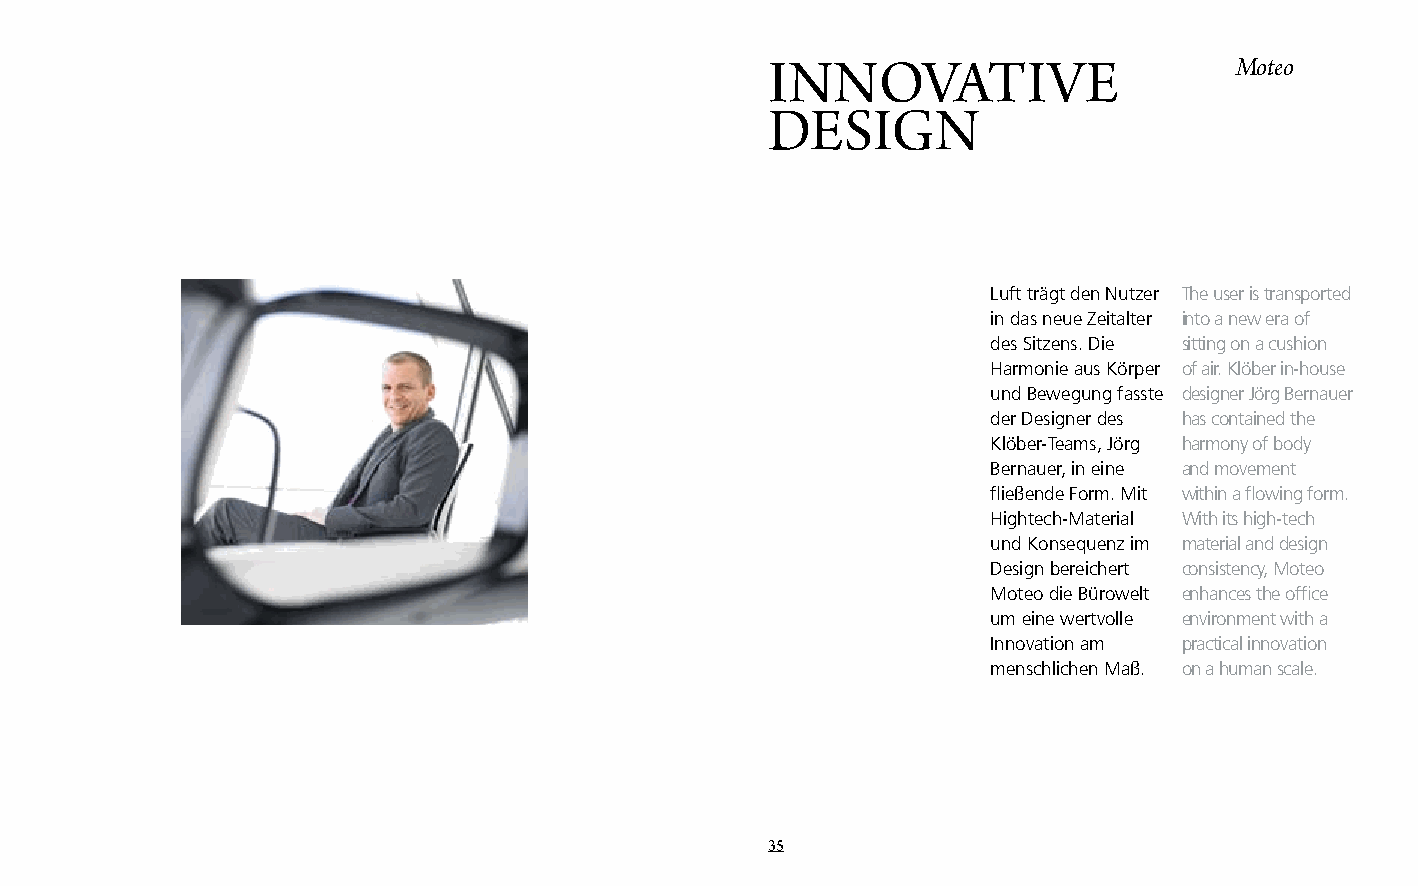
innovative                     Moteo
 Design
 Luft trägt den Nutzer The user is transported
 in das neue Zeitalter into a new era of
 des Sitzens. Die sitting on a cushion
 Harmonie aus Körper of air. Klöber in-house
 und Bewegung fasste designer Jörg Bernauer
 der Designer des has contained the
 Klöber-Teams, Jörg harmony of body
 Bernauer, in eine and movement
 fließende Form. Mit within a flowing form.
 Hightech-Material With its high-tech
 und Konsequenz im material and design
 Design bereichert consistency, Moteo
 Moteo die Bürowelt enhances the office
 um eine wertvolle environment with a
 Innovation am practical innovation
 menschlichen Maß. on a human scale.
 35